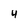
Character: 4